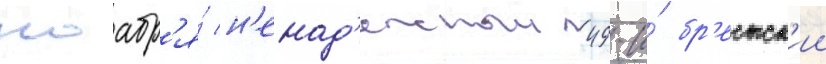
ноабр'я́ н'енад'ежныи 49-и́ бр'естск'ии